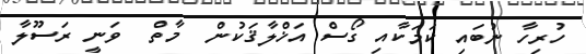
ހުރިހާ ނުބައި ކަމަކާއި ގޯސް އަޚްލާޤަކުން  މާތް  ވަނީ ރަސޫލާ